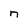
Character: n